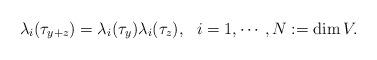
LaTeX: \begin{align*}\lambda_i(\tau_{y+z})=\lambda_i(\tau_y)\lambda_i(\tau_z), \ \ i=1,\cdots, N:=\dim V.\end{align*}